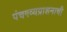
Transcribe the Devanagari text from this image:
पंचगव्यप्राशनाची